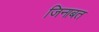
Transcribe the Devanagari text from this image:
जिनाबत